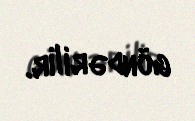
göndərilir.